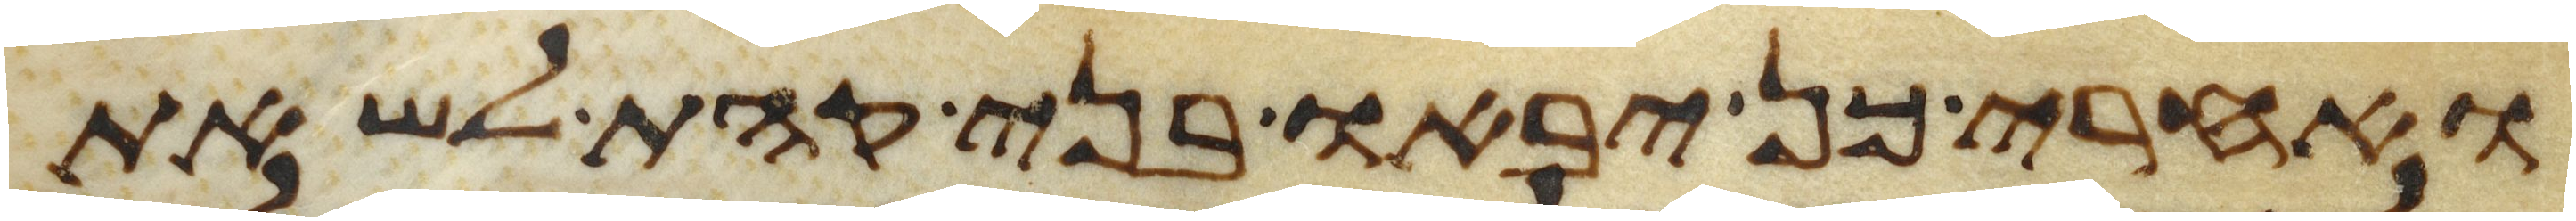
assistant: ואחרי כן יבאו בני קהת לשאת